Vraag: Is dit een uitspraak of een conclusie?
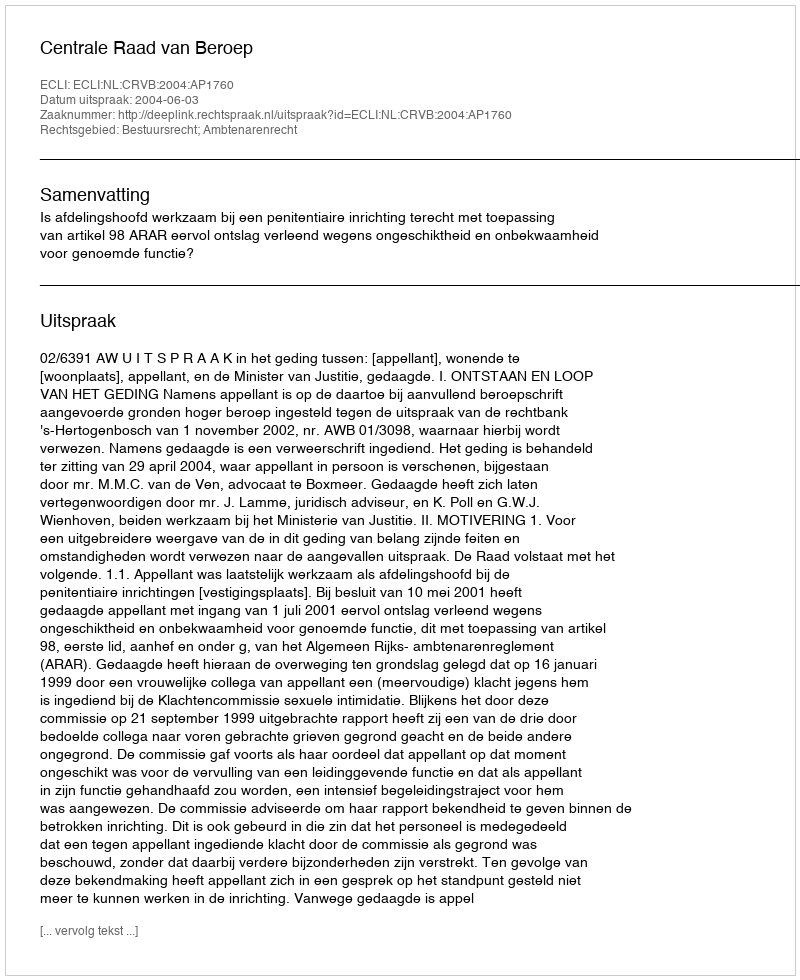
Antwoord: Uitspraak